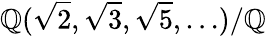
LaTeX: \mathbb{Q}({\sqrt{2}},{\sqrt{3}},{\sqrt{5}},\ldots)/\mathbb{Q}